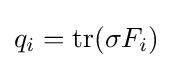
q_{i}=\operatorname {tr} (\sigma F_{i})